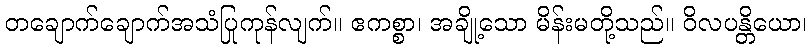
တချောက်ချောက်အသံပြုကုန်လျက်။ ဧကစ္စာ၊ အချို့သော မိန်းမတို့သည်။ ဝိလပန္တိယော၊